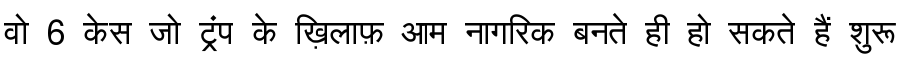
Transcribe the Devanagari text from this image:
वो 6 केस जो ट्रंप के ख़िलाफ़ आम नागरिक बनते ही हो सकते हैं शुरू